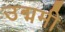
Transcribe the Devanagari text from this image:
उद्ममी